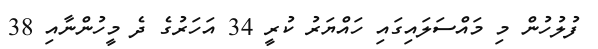
ފުލުހުން މި މައްސަލައިގައި ހައްޔަރު ކުރީ 34 އަހަރުގެ ދެ މީހުންނާއި 38